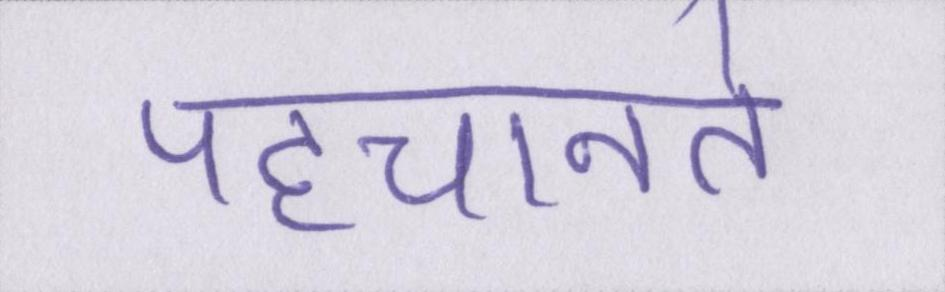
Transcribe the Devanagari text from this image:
पहचानते